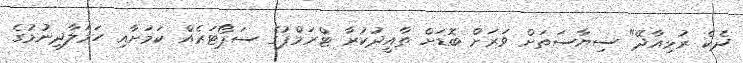
ދެކެ ރުޅިއާދޭ" ސިޔާސަތަށް ވަރަށް ބޮޑަށް ތާއީދުކުރާ ޓްރަމްޕުގެ ސަޕޯޓަރެއް ކަމަށާއި ހަމަލާދިނުމުގެ